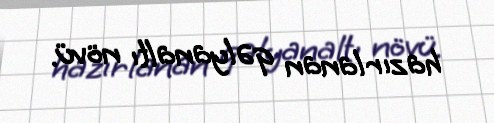
hazırlanan qəlyanaltı növü.